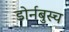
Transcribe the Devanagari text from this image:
डोर्नबुस्च